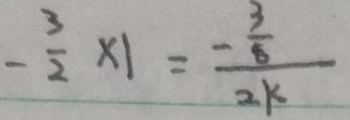
- \frac { 3 } { 2 } \times 1 = \frac { - \frac { 3 } { 8 } } { 2 k }